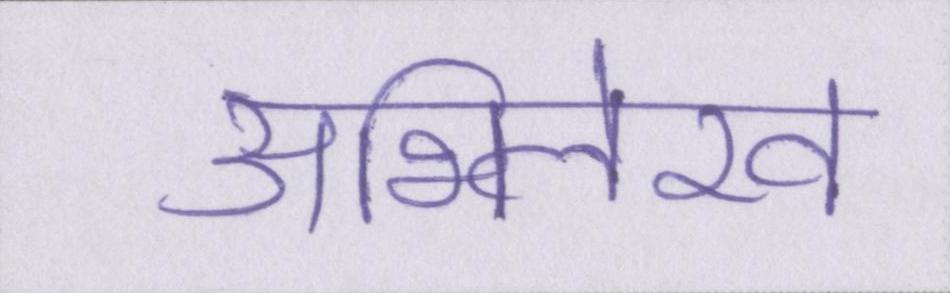
अभिलेख